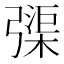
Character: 㣄